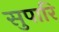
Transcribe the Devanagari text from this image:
सुपारि